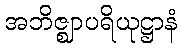
အဘိဇ္ဈာပရိယုဋ္ဌာနံ